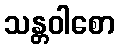
သန္တဝါစော